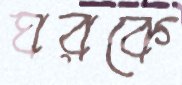
ঘরকে